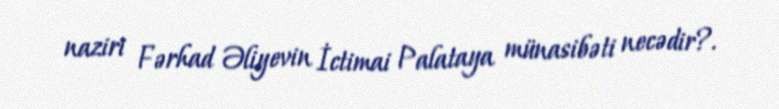
naziri Fərhad Əliyevin İctimai Palataya münasibəti necədir?.